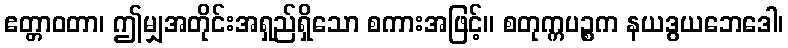
ဧတ္တာဝတာ၊ ဤမျှအတိုင်းအရှည်ရှိသော စကားအဖြင့်။ စတုက္ကပဉ္စက နယဒွယဘေဒေါ၊